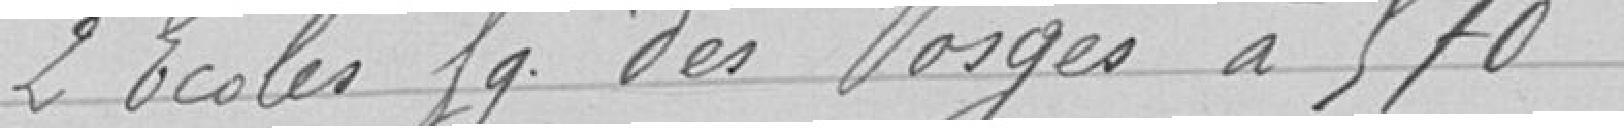
2 Ecoles fg. des Vosges à 570